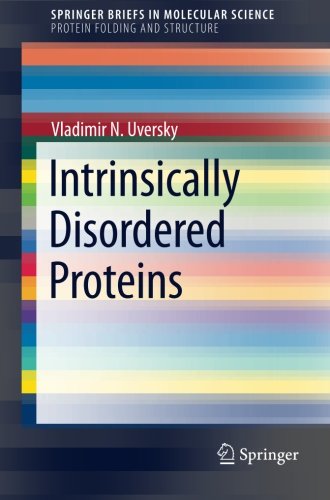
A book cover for Intrinsically Disordered Proteins (SpringerBriefs in Molecular Science); Vladimir N. Uversky; Science & Math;